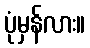
ပုံမှန်လား။